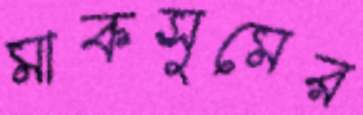
মাকসুমের